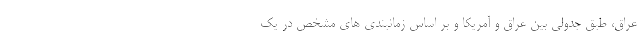
عراق، طبق جدولی بین عراق و آمریکا و بر اساس زمانبندی های مشخص در یک